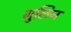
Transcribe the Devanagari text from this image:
गुलिन